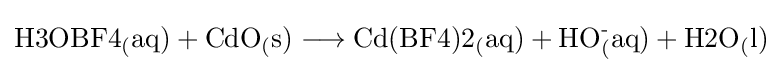
{{\mathrm {H3OBF4_{(}aq)} }{}+{}{\mathrm {CdO_{(}s)} }{}\mathrel {\longrightarrow } {}{\mathrm {Cd(BF4)2_{(}aq)} }{}+{}{\mathrm {HO_{(}^{\text{-}}aq)} }{}+{}{\mathrm {H2O_{(}l)} }}